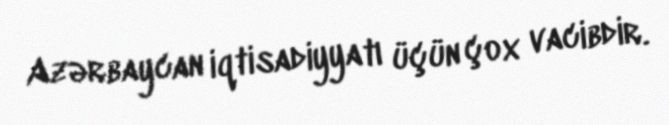
Azərbaycan iqtisadiyyatı üçün çox vacibdir.